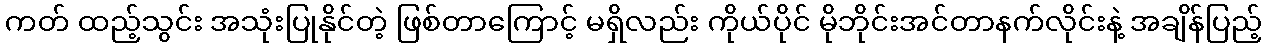
ကတ် ထည့်သွင်း အသုံးပြုနိုင်တဲ့ ဖြစ်တာကြောင့် မရှိလည်း ကိုယ်ပိုင် မိုဘိုင်းအင်တာနက်လိုင်းနဲ့ အချိန်ပြည့်